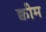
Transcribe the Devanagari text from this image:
क्वीम